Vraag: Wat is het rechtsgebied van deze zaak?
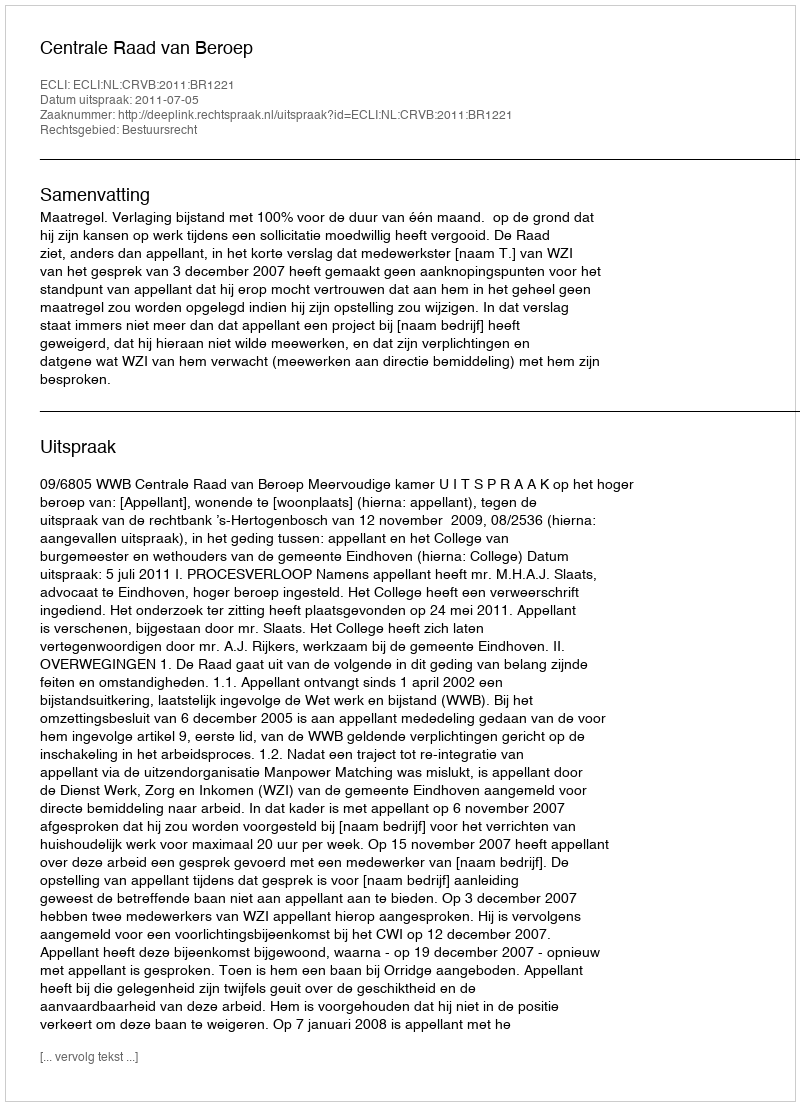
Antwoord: Bestuursrecht